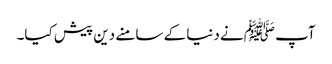
آپ ﷺنے دنیا کے سامنے دین پیش کیا۔